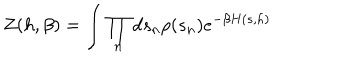
Z ( h , \beta ) = \int \prod _ { n } d s _ { n } \rho ( s _ { n } ) e ^ { - \beta H ( s , h ) }